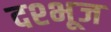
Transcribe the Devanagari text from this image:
दश्भूज